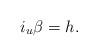
LaTeX: \begin{align*} i_u\beta=h.\end{align*}